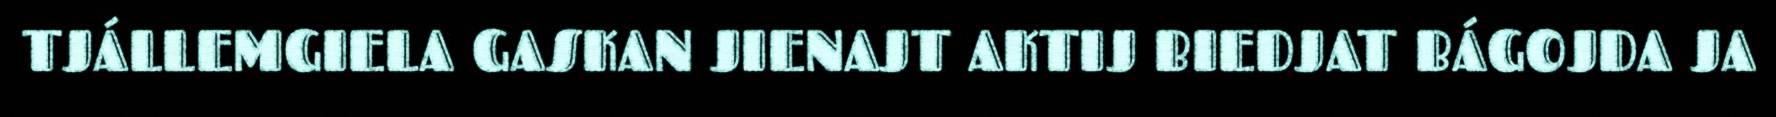
TJÁLLEMGIELA GASKAN JIENAJT AKTIJ BIEDJAT BÁGOJDA JA